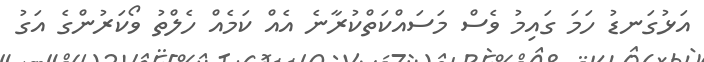
އަޅުގަނޑު ހަމަ ގައިމު ވެސް މަސައްކަތްކުރާނެ އެއް ކަމެއް ހެލްތު ވޯކަރުންގެ އަގު